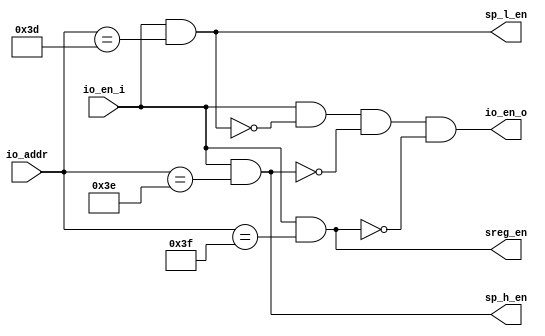
//----------------------------------------------------------------------
//  DmEnMask: Mask I/O Enable with Internal Register Enable
//----------------------------------------------------------------------
module  DmEnMask (
    input   [7:0]   io_addr,    //  I/O register address
    input           io_en_i,    //  I/O register enable
    output          io_en_o,    //  Masked I/O register enable
    output          sp_l_en,    //  Stack pointer low byte enable
    output          sp_h_en,    //  Stack pointer high byte enable
    output          sreg_en     //  Status register enable
);

assign  sp_l_en = io_en_i & (io_addr[7:0] == 8'h3d);
assign  sp_h_en = io_en_i & (io_addr[7:0] == 8'h3e);
assign  sreg_en = io_en_i & (io_addr[7:0] == 8'h3f);

assign  io_en_o = io_en_i & ~sp_l_en & ~sp_h_en & ~sreg_en;

endmodule